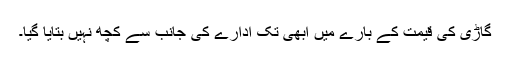
گاڑی کی قیمت کے بارے میں ابھی تک ادارے کی جانب سے کچھ نہیں بتایا گیا۔